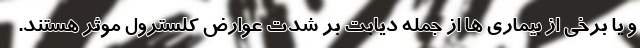
و یا برخی از بیماری ها از جمله دیابت بر شدت عوارض کلسترول موثر هستند.